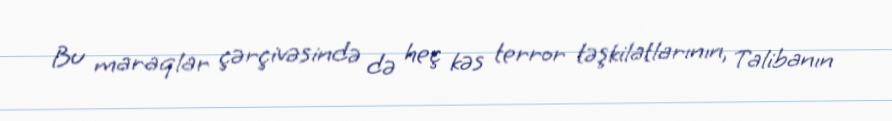
Bu maraqlar çərçivəsində də heç kəs terror təşkilatlarının, Talibanın